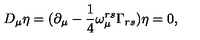
D _ { \mu } \eta = ( \partial _ { \mu } - \frac { 1 } { 4 } \omega _ { \mu } ^ { r s } \Gamma _ { r s } ) \eta = 0 ,